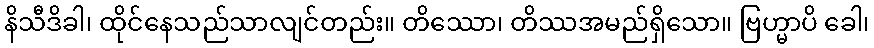
နိသီဒိခါ၊ ထိုင်နေသည်သာလျင်တည်း။ တိဿော၊ တိဿအမည်ရှိသော။ ဗြဟ္မာပိ ခေါ၊